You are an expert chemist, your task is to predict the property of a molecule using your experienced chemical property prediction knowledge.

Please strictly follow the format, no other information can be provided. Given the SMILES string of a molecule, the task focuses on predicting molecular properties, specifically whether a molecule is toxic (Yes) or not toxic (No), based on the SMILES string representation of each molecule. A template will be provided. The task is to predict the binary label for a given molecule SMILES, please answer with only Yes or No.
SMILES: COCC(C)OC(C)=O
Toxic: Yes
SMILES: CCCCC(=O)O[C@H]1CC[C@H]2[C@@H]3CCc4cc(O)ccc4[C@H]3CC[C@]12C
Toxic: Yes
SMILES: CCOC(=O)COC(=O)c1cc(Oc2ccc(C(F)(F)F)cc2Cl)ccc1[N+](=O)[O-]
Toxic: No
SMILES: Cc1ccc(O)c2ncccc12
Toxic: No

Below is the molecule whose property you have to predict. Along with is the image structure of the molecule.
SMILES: O=C([O-])CNc1ccccc1
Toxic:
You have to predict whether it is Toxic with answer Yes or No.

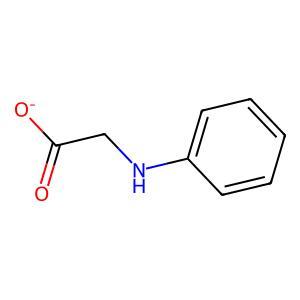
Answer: No